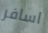
اسافر